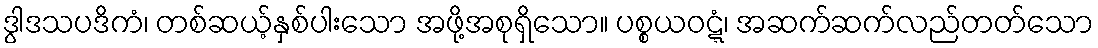
ဒွါဒသပဒိကံ၊ တစ်ဆယ့်နှစ်ပါးသော အဖို့အစုရှိသော။ ပစ္စယဝဋ္ဋံ၊ အဆက်ဆက်လည်တတ်သော